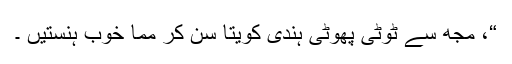
“، مجھ سے ٹوٹی پھوٹی ہندی کویتا سن کر مما خوب ہنستیں ۔